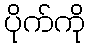
ပိုက်ကို